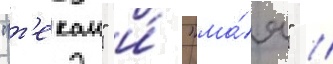
"т'екаи" и́ "ма́я" //